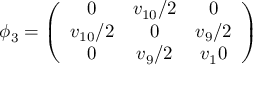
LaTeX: \phi _ { 3 } = \left( \begin{array} { c c c } { { 0 } } & { { v _ { 1 0 } / 2 } } & { { 0 } } \\ { { v _ { 1 0 } / 2 } } & { { 0 } } & { { v _ { 9 } / 2 } } \\ { { 0 } } & { { v _ { 9 } / 2 } } & { { v _ { 1 } 0 } } \end{array} \right)